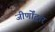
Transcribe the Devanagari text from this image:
जीर्णोंद्वार